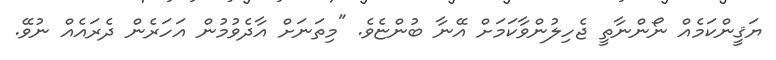
ޔަޤީންކަމެއް ނޯންނާތީ ޖެހިލުންވާކަމަށް އޭނާ ބުންޏެވެ. "މިތަނަށް އާދެވުމުން އަހަރެން ދެރައެއް ނުވޭ.